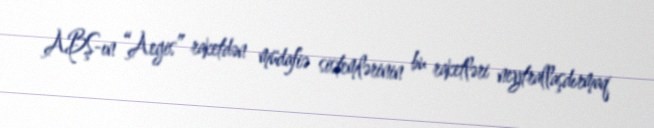
ABŞ-ın “Aegis” raketdən müdafiə sistemlərinin bu raketləri neytrallaşdırmaq